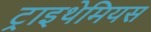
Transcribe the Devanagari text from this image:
ट्राइथेमियस